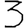
Digit: 3